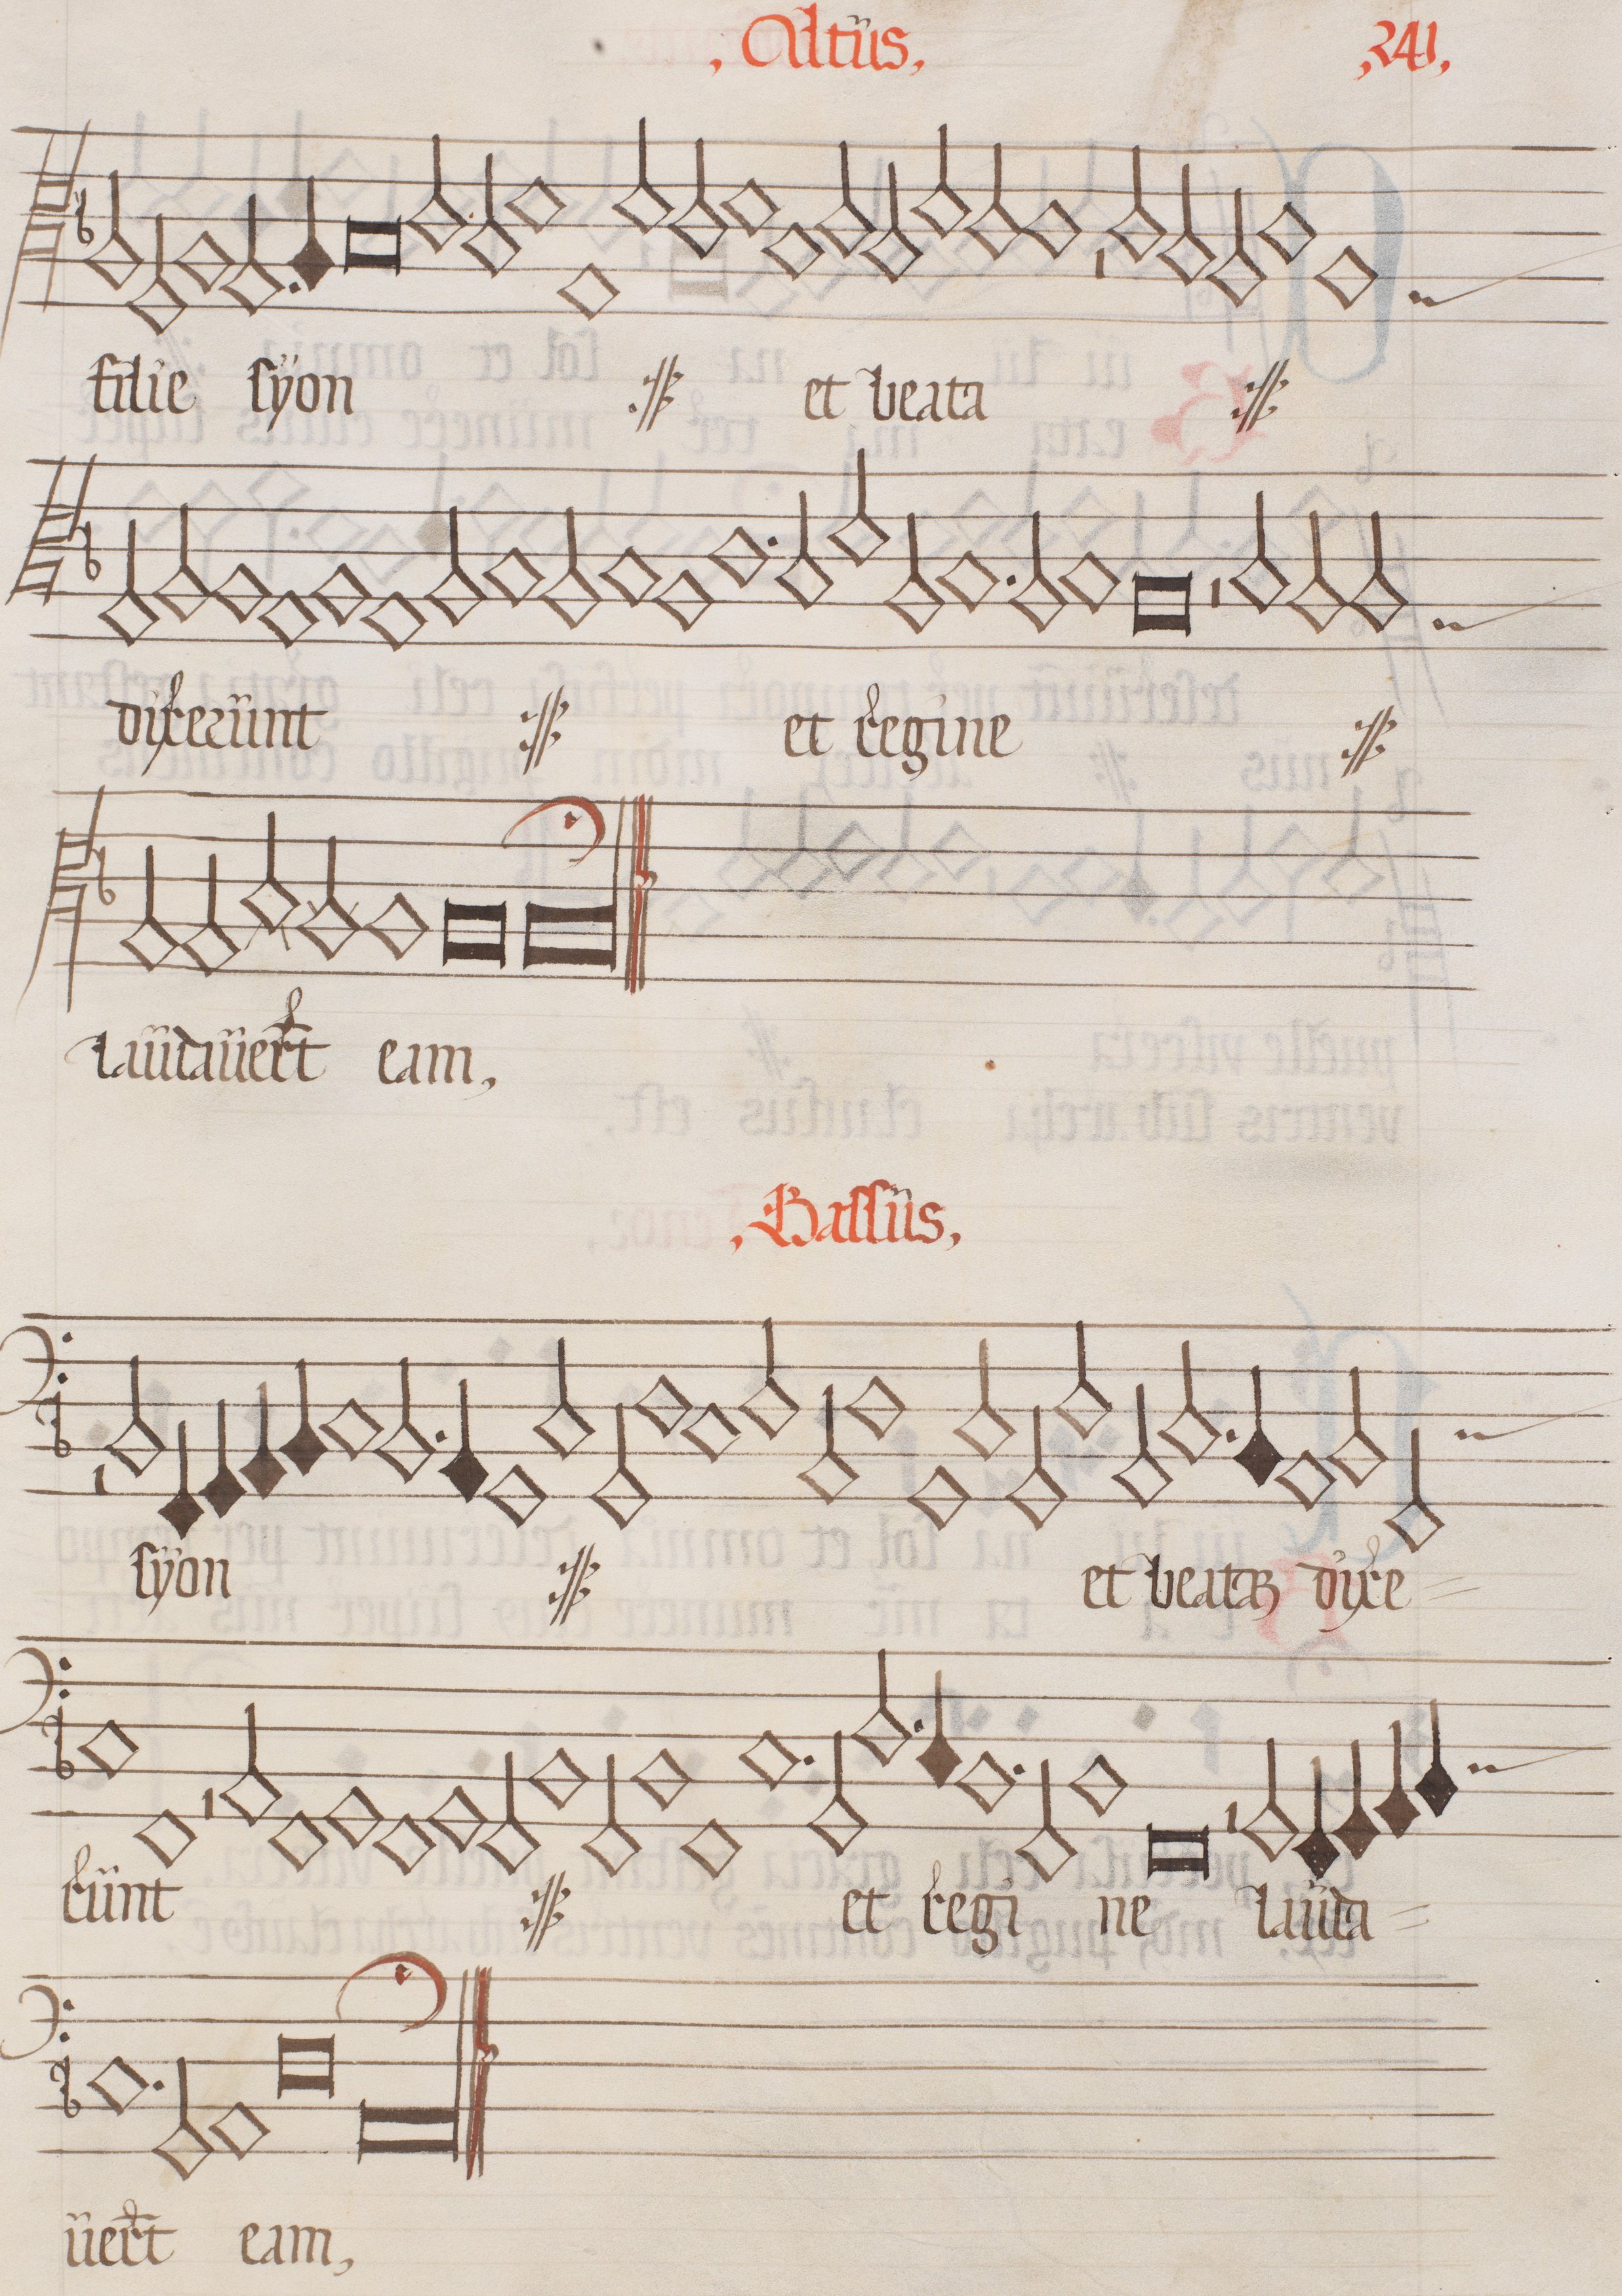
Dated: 1562–1564